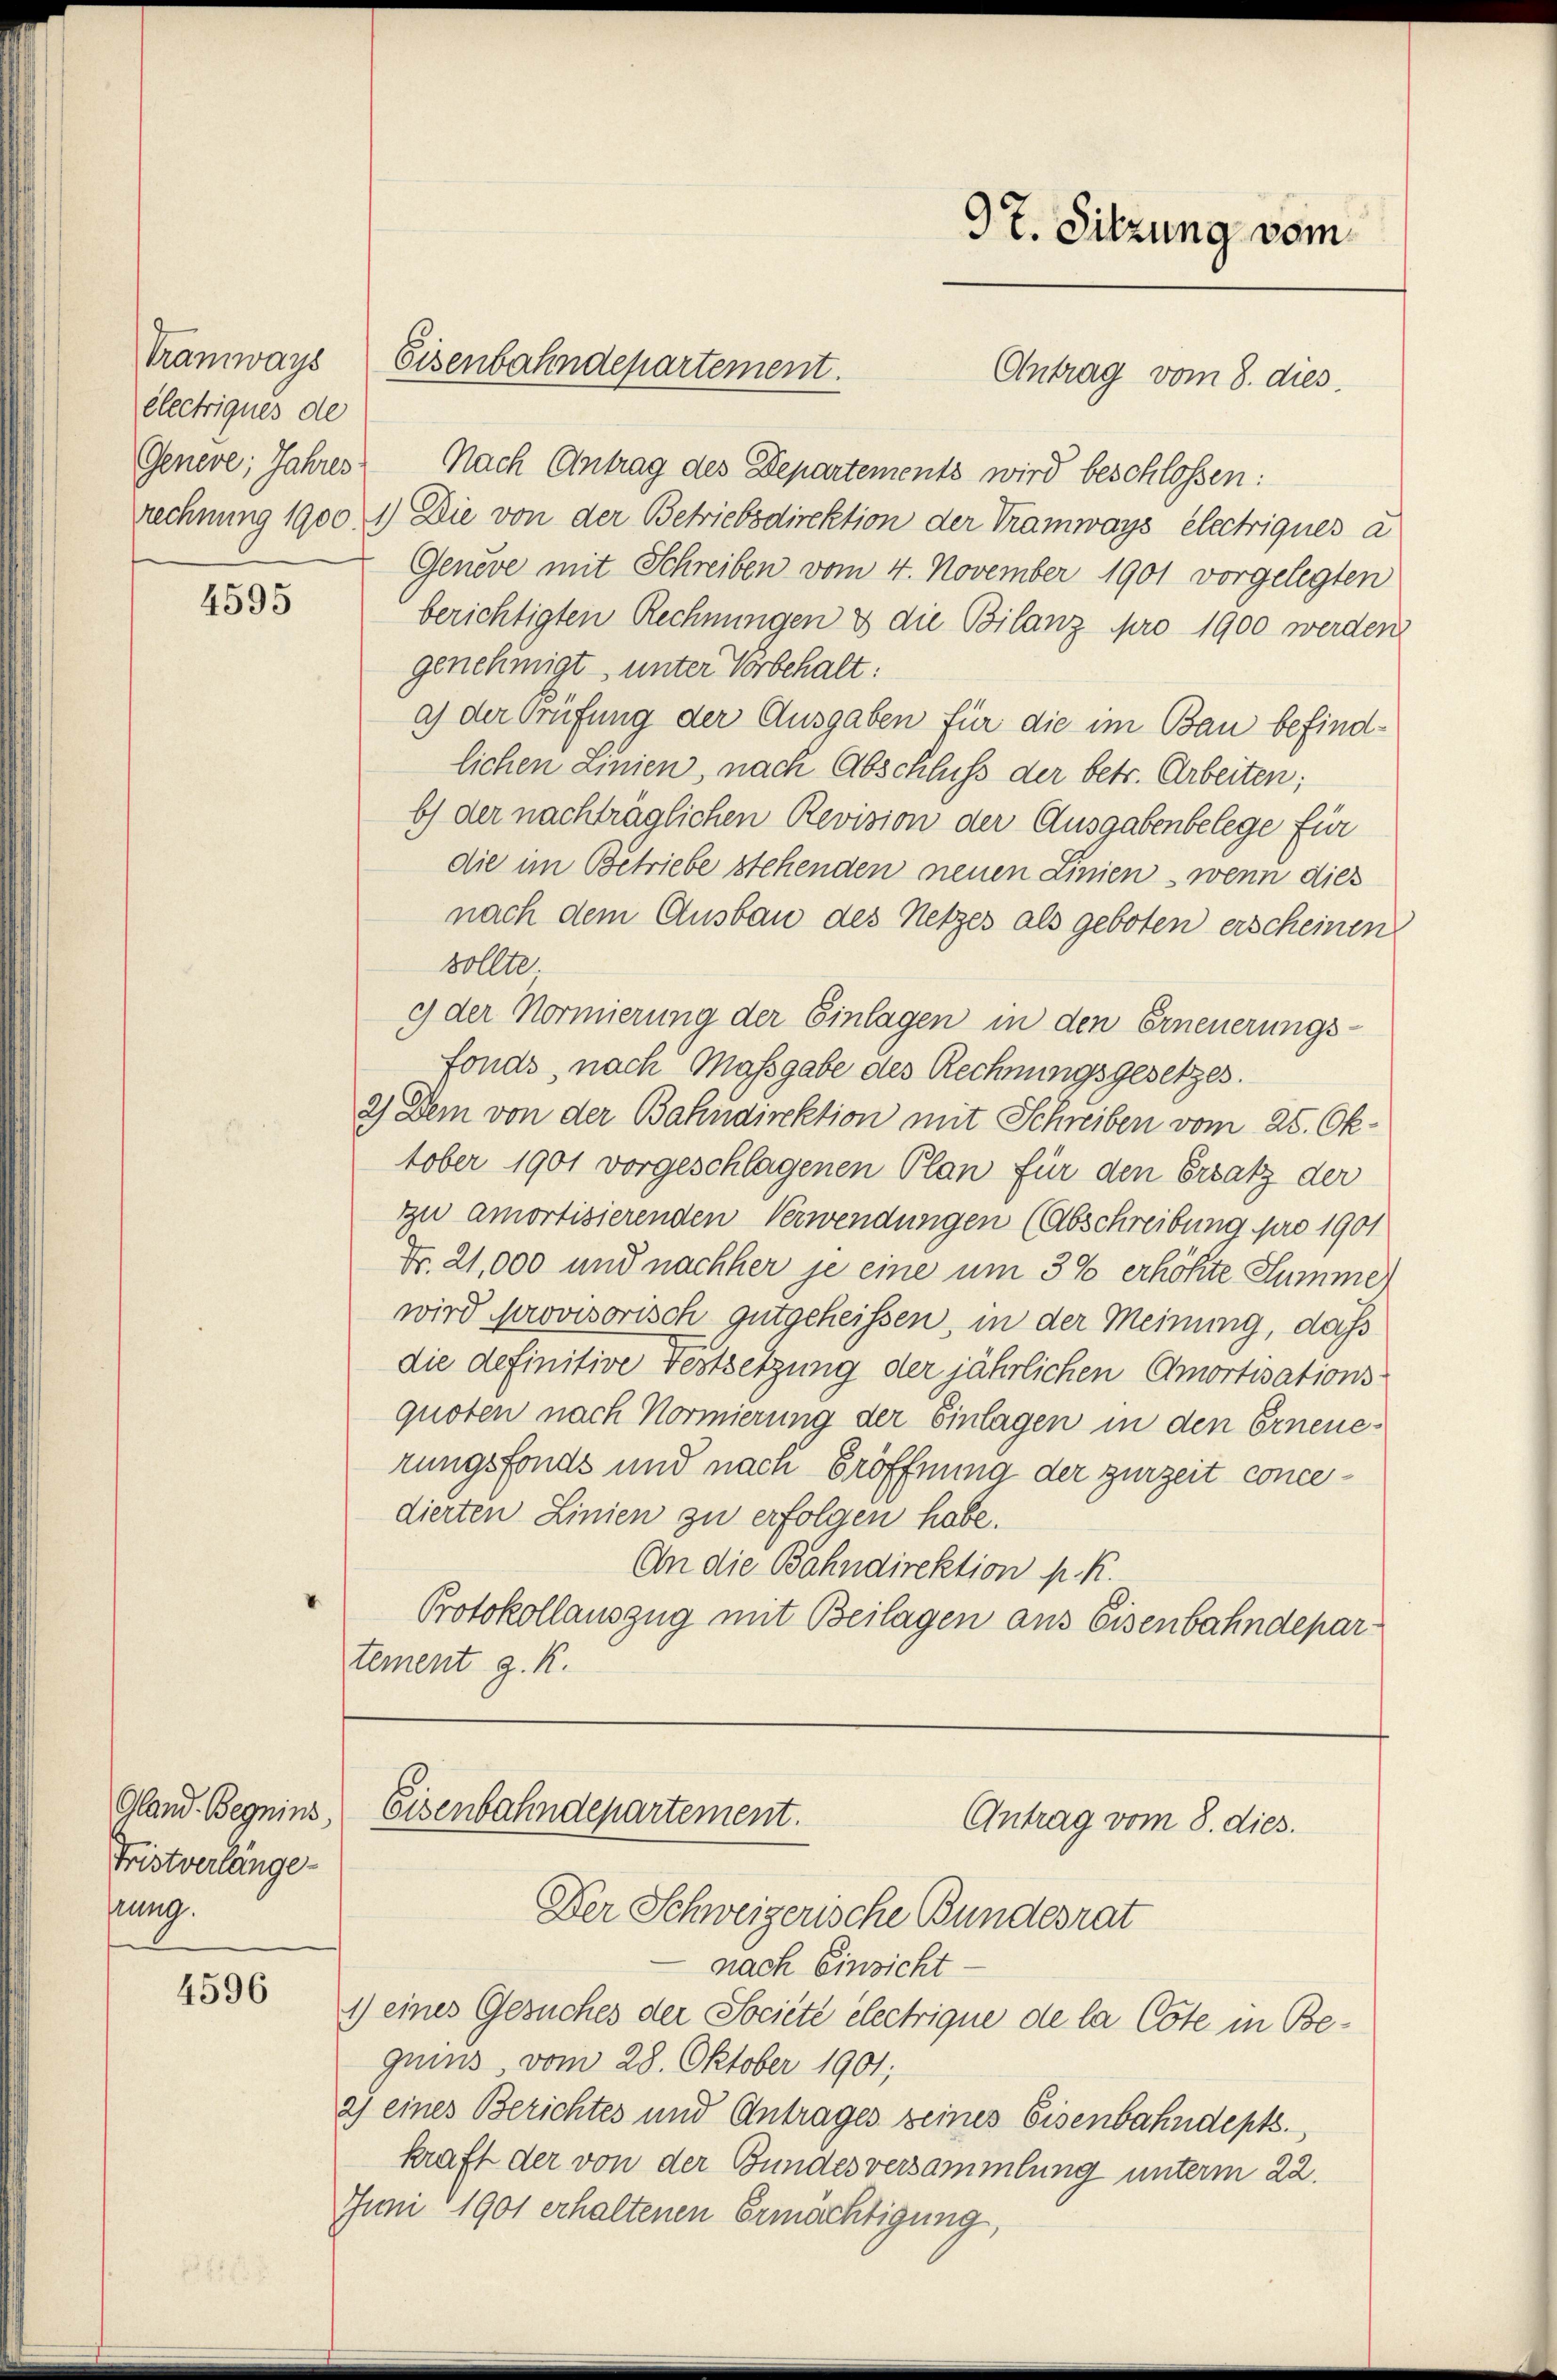
Tramways
electriques de

4595

Gland. Begnins,
Fristverlänge
ftung.

4596

Genere; Jahres Nach Antrag des Departements wird beschlossen:
rechnung 1900 1) Die von der Betriebsdirektion der Tramways électriques a
Geneve mit Schreiben vom 4. November 1901 vorgelegten
berichtigten Rechnungen & die Bilanz pro 1900 werden
genehmigt, unter Vorbehalt:
a) der Prüfung der Ausgaben für die im Bau befindlichen Linien, nach Abschluss der betr. Arbeiten;
b) der nachträglichen Revision der Ausgabenbelege für
die im Betriebe stehenden neuen Linien , wenn dies
nach dem Ausbau des Netzes als geboten erscheinen
sollte
9 der Normierung der Einlagen in den Erneuerungs-
fonds, nach Maßgabe des Rechnungsgesetzes.
2) Dem von der Bahndirektion mit Schreiben vom 25. Oktober 1901 vorgeschlagenen Plan für den Ersatz der
zu amortisierenden Verwendungen (Abschreibung pro 1901
Fr. 21,000 und nachher je eine um 3% erhöhte Summe
wird provisorisch gutgeheissen, in der Meinung, daß
die definitive Festsetzung der jährlichen Amortisationsquoten nach Normierung der Einlagen in den Erneuerungsfonds und nach Eröffnung der zurzeit concedierten Linien zu erfolgen habe.
An die Bahndirektion p. K.
Protokollauszug mit Beilagen aus Eisenbahndepartement g. K.

Eisenbahndepartement.

97. Sitzung vom

Antrag vom 8. dies

Eisenbahndepartement.
Antrag vom 8. dies.
Der Schweizerische Bundesrat

nach Einsicht-
1) eines Gesuches der Société électrique de la Cote in Bequins vom 28. Oktober 1901;
2) eines Berichtes und Antrages seines Eisenbahndept.,
kraft der von der Bundesversammlung unterm 22.
Juni 1901 erhaltenen Ermächtigung,